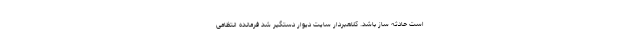
است حادثه ساز باشد. کلاهبردار سایت دیوار دستگیر شد فرمانده انتظامی